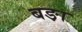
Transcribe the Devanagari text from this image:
बङ़ा